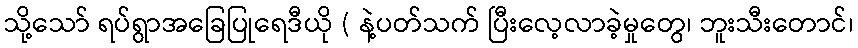
သို့သော် ရပ်ရွာအခြေပြုရေဒီယို ( နဲ့ပတ်သက် ပြီးလေ့လာခဲ့မှုတွေ၊ ဘူးသီးတောင်၊